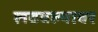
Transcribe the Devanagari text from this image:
लढवल्यावर